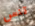
تنس